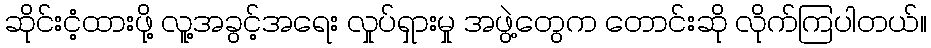
ဆိုင်းငံ့ထားဖို့ လူ့အခွင့်အရေး လှုပ်ရှားမှု အဖွဲ့တွေက တောင်းဆို လိုက်ကြပါတယ်။